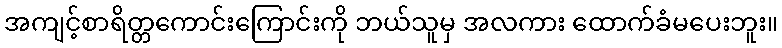
အကျင့်စာရိတ္တကောင်းကြောင်းကို ဘယ်သူမှ အလကား ထောက်ခံမပေးဘူး။